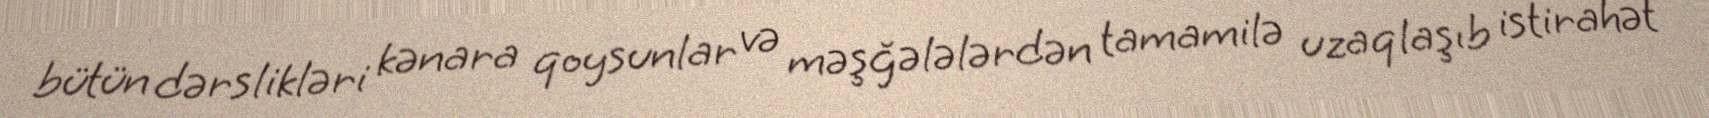
bütün dərslikləri kənara qoysunlar və məşğələlərdən tamamilə uzaqlaşıb istirahət